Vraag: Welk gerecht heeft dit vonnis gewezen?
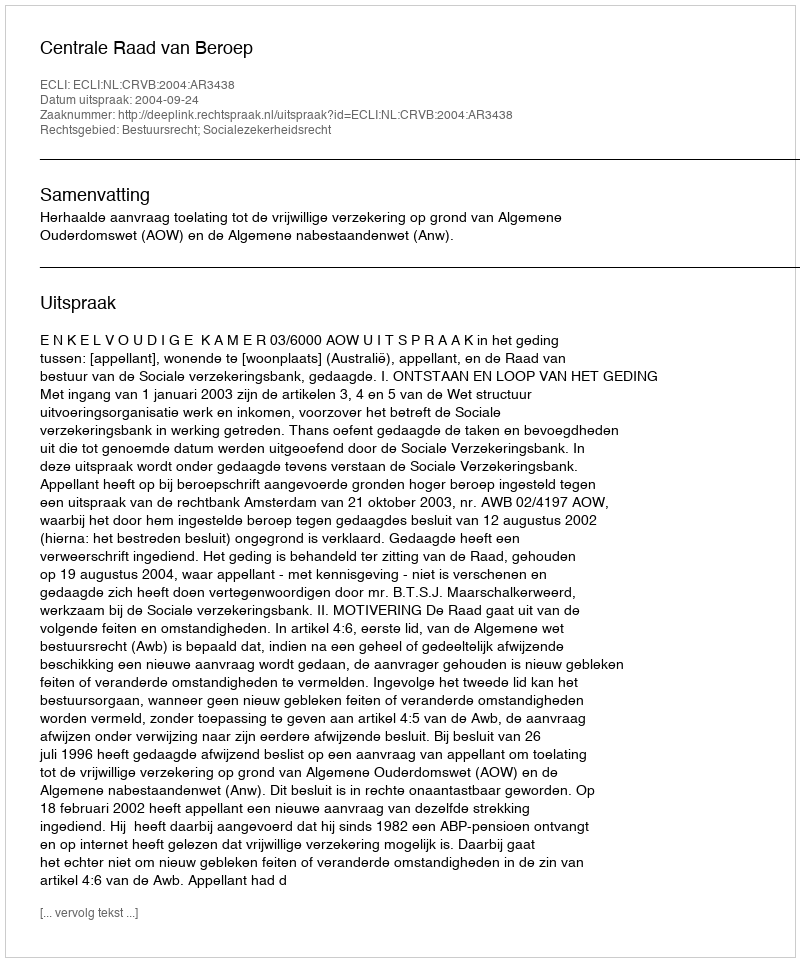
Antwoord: Centrale Raad van Beroep